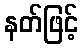
နတ်ဖြင့်